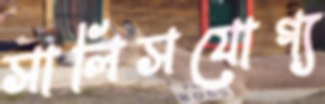
সালিসযোগ্য